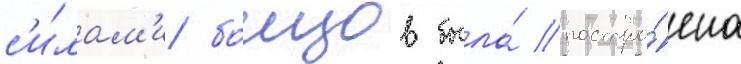
с'и́лам'и боицов была́ постро́ена